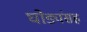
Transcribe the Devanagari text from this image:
घोड्यंसह